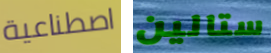
اصطناعية ستالين